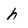
Character: h